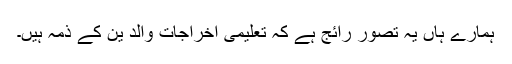
ہمارے ہاں یہ تصور رائج ہے کہ تعلیمی اخراجات والد ین کے ذمہ ہیں۔